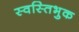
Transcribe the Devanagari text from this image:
स्वस्तिभुक